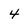
Character: 4